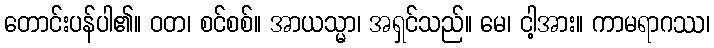
တောင်းပန်ပါ၏။ ဝတ၊ စင်စစ်။ အာယသ္မာ၊ အရှင်သည်။ မေ၊ ငါ့အား။ ကာမရာဂဿ၊